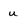
Character: u